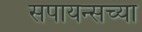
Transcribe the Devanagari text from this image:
सपायन्सच्या